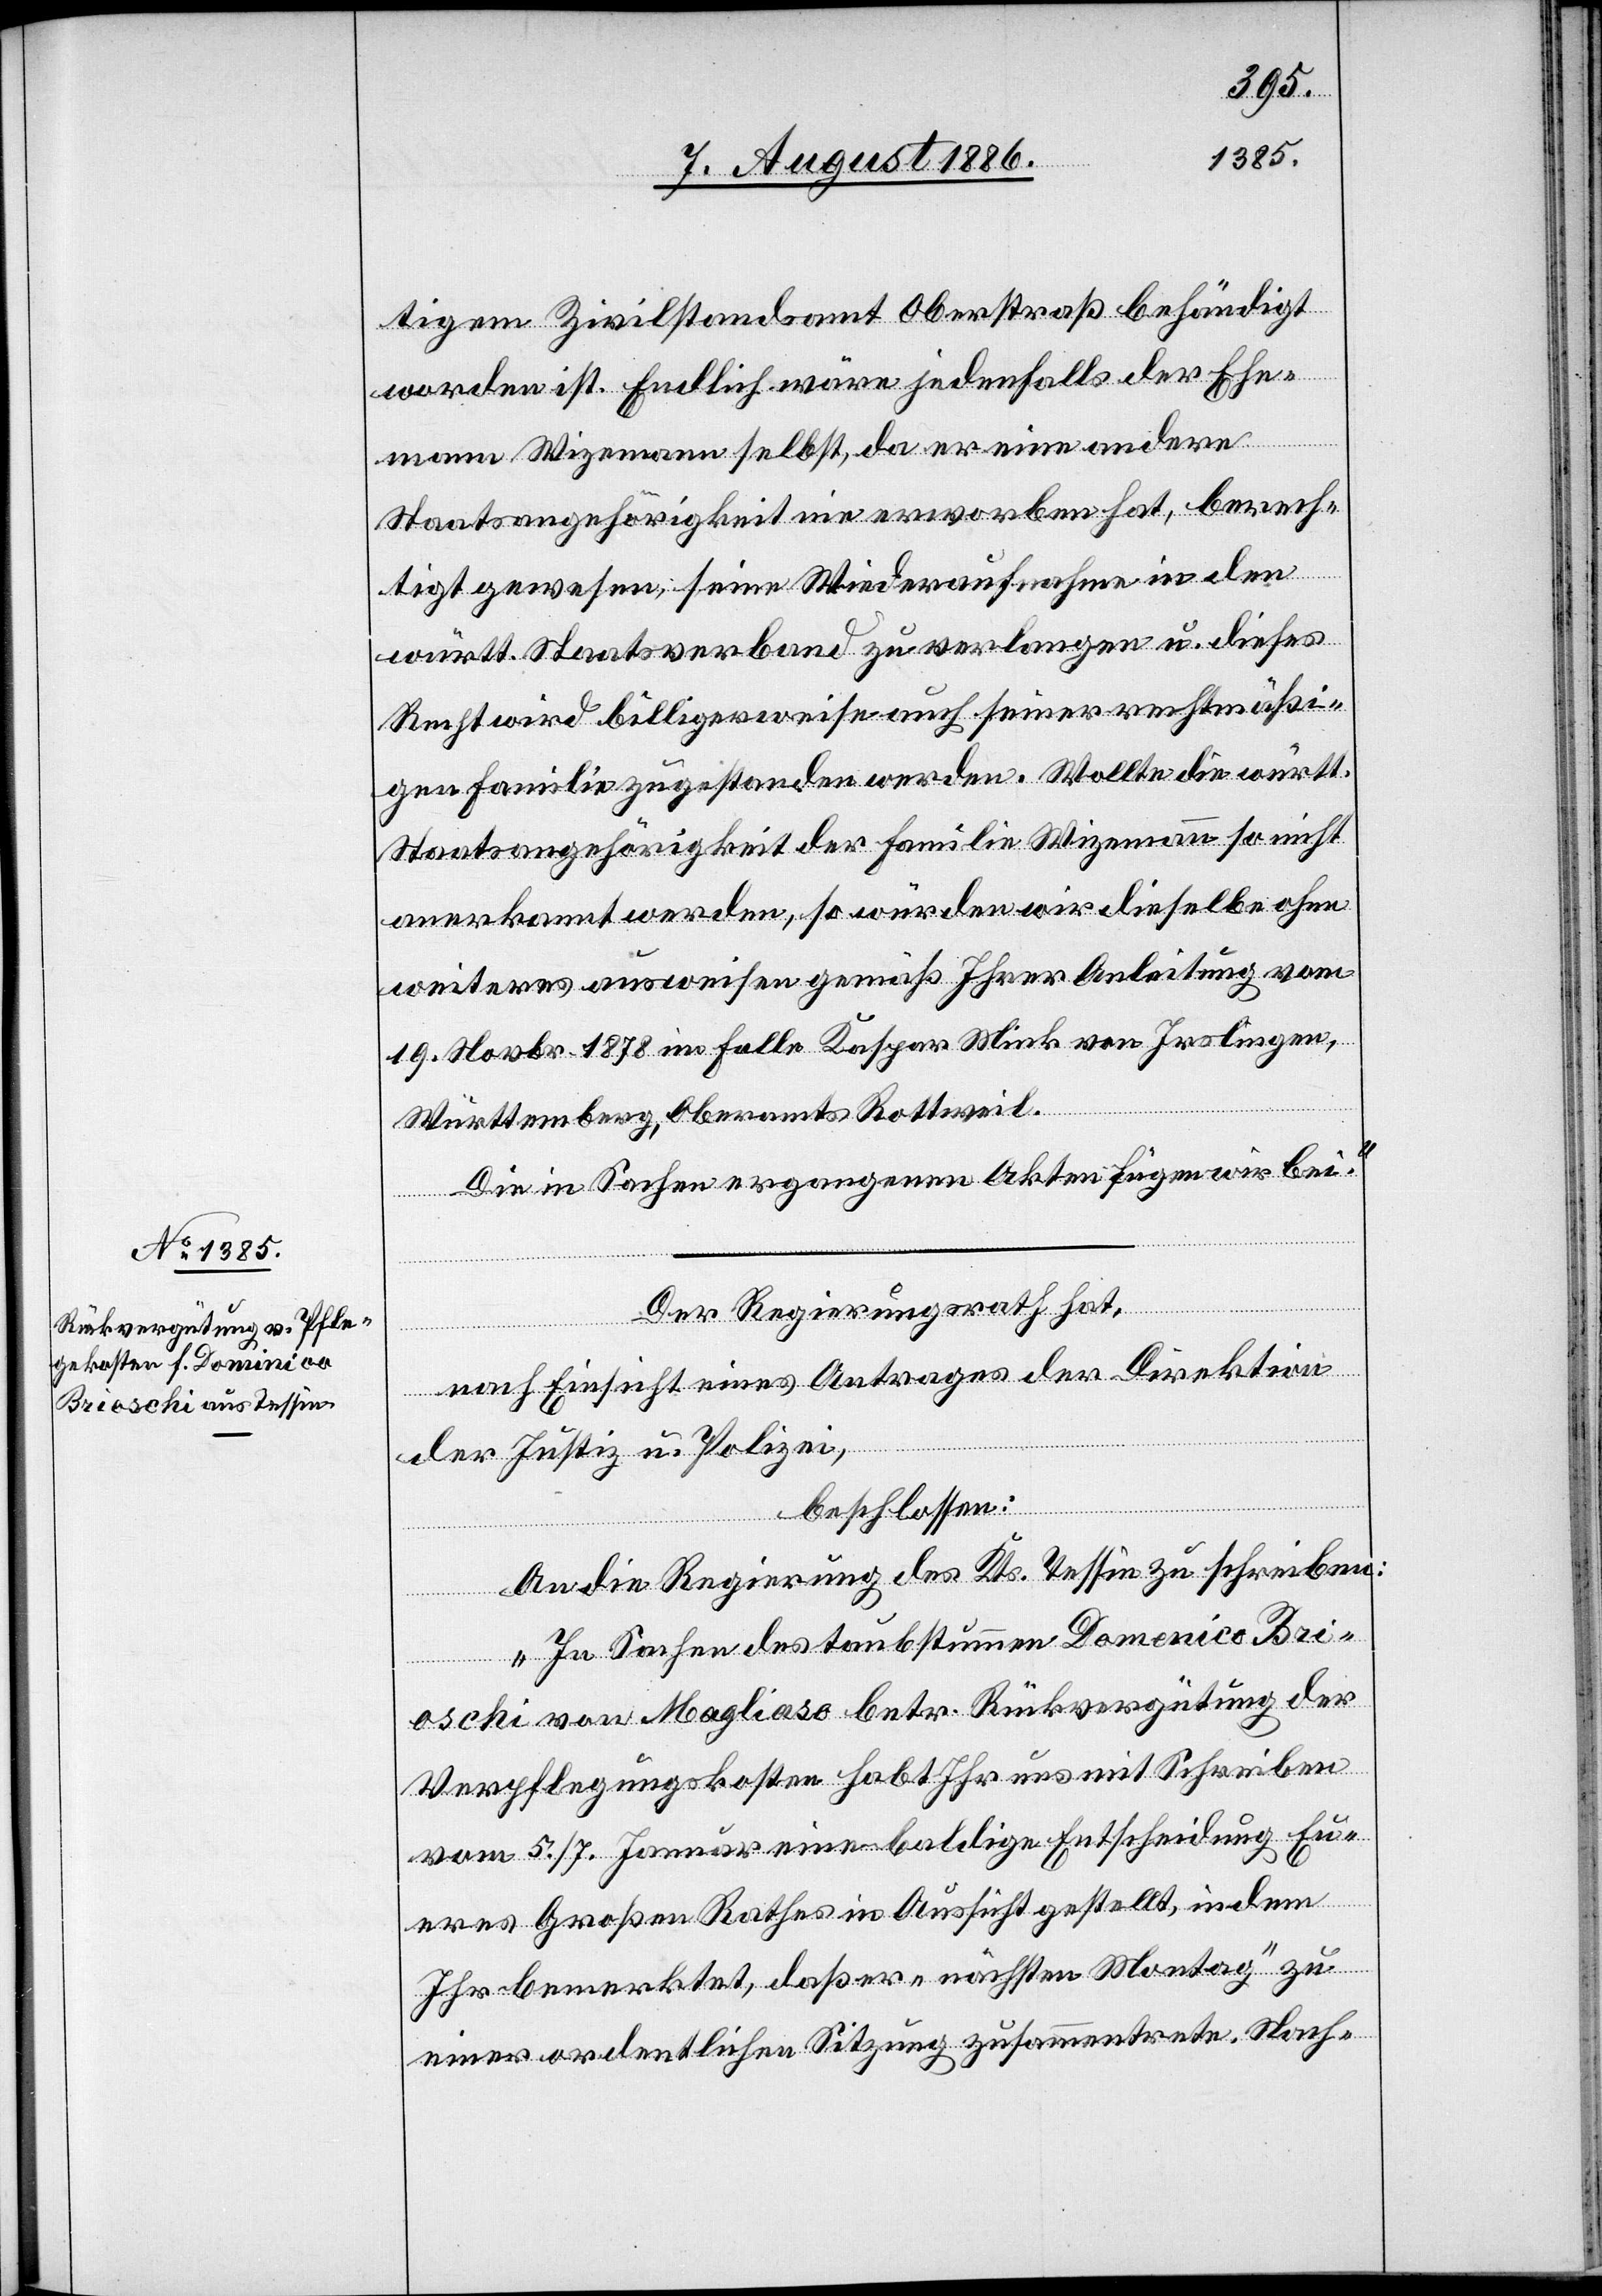
tigem Zivilstandsamt Oberstraß behändigt
worden ist. Endlich wäre jedenfalls der Ehe¬
mann Wizemann selbst, da er eine andere
Staatsangehörigkeit nie erworben hat, berech¬
tigt gewesen, seine Wiederaufnahme in den
württ. Staatsverband zu verlangen u. dieses
Recht wird billigerweise auch seiner rechtmäßi¬
gen Familie zugestanden werden. Wollte die württ.
Staatsangehörigkeit der Familie Wizemann so nicht
anerkannt werden, so würden wir dieselbe ohne
weiteres ausweisen gemäß Ihrer Anleitung vom
19. Novbr. 1878 im Falle Kaspar Mink von Irslingen,
Württemberg, Oberamts Rottweil.
Die in Sachen ergangenen Akten fügen wir bei.“
Der Regierungsrath hat,
nach Einsicht eines Antrages der Direktion
der Justiz u. Polizei,
beschlossen:
An die Regierung des Kts. Tessin zu schreiben:
„In Sachen des taubstummen Domenico [si¬
Bri¬
oschi von Magliaso betr. Rückvergütung der
Verpflegungskosten habt Ihr uns mit Schreiben
vom 5./7. Januar eine baldige Entscheidung Eu¬
eres Großen Rathes in Aussicht gestellt, indem
Ihr bemerktet, daß er „nächsten Montag“ zu
einer ordentlichen Sitzung zusammentrete. Nach-